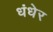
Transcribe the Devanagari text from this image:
धंधेर